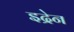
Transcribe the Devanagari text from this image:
इद्रेन